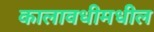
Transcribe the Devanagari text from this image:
कालावधीमधील